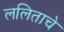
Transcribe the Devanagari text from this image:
ललिताचे